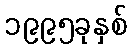
၁၉၉၅ခုနှစ်